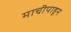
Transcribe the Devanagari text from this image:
माचीपाहून